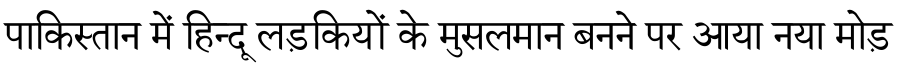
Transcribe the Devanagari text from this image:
पाकिस्तान में हिन्दू लड़कियों के मुसलमान बनने पर आया नया मोड़